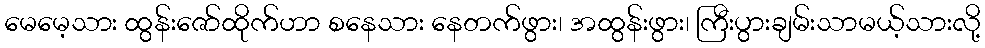
မေမေ့သား ထွန်းဇော်ထိုက်ဟာ စနေသား နေတက်ဖွား၊ အထွန်းဖွား၊ ကြီးပွားချမ်းသာမယ့်သားလို့